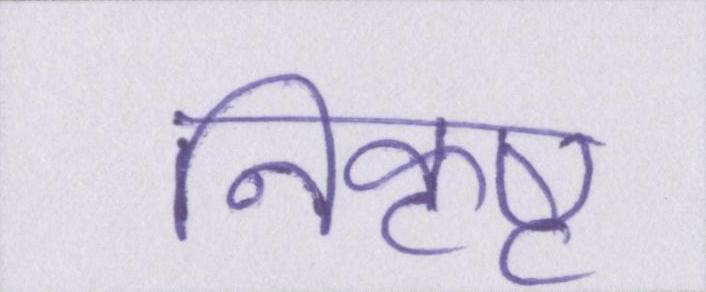
निकृष्ट